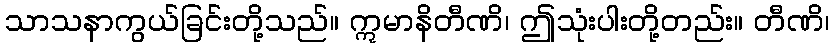
သာသနာကွယ်ခြင်းတို့သည်။ ဣမာနိတီဏိ၊ ဤသုံးပါးတို့တည်း။ တီဏိ၊